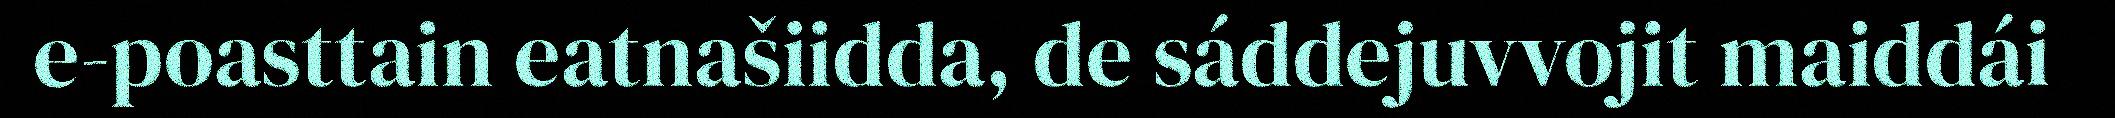
e-poasttain eatnašiidda, de sáddejuvvojit maiddái